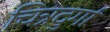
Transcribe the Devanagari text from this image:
चित्रदुर्गा